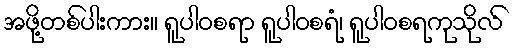
အဖို့တစ်ပါးကား။ ရူပါဝစရာ ရူပါဝစရံ၊ ရူပါဝစရကုသိုလ်